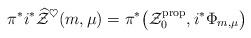
LaTeX: \begin{align*}\pi^* i^* \widehat{\mathcal{Z}}^\heartsuit(m,\mu)=\pi^* \big( \mathcal{Z}_0^\mathrm{prop} , i^* \Phi_{m,\mu}\big)\end{align*}